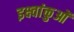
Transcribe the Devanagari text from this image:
इक्ष्वांकुओं